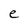
Character: e